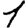
Digit: 1